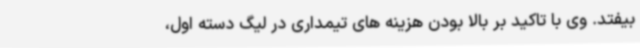
بیفتد. وی با تاکید بر بالا بودن هزینه های تیمداری در لیگ دسته اول،